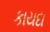
કાયદા